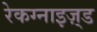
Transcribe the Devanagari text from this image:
रेकग्नाइज़्ड